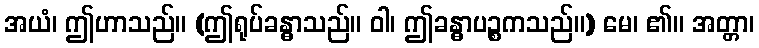
အယံ၊ ဤဟာသည်။ (ဤရုပ်ခန္ဓာသည်။ ဝါ၊ ဤခန္ဓာပဉ္စကသည်။) မေ၊ ၏။ အတ္တာ၊